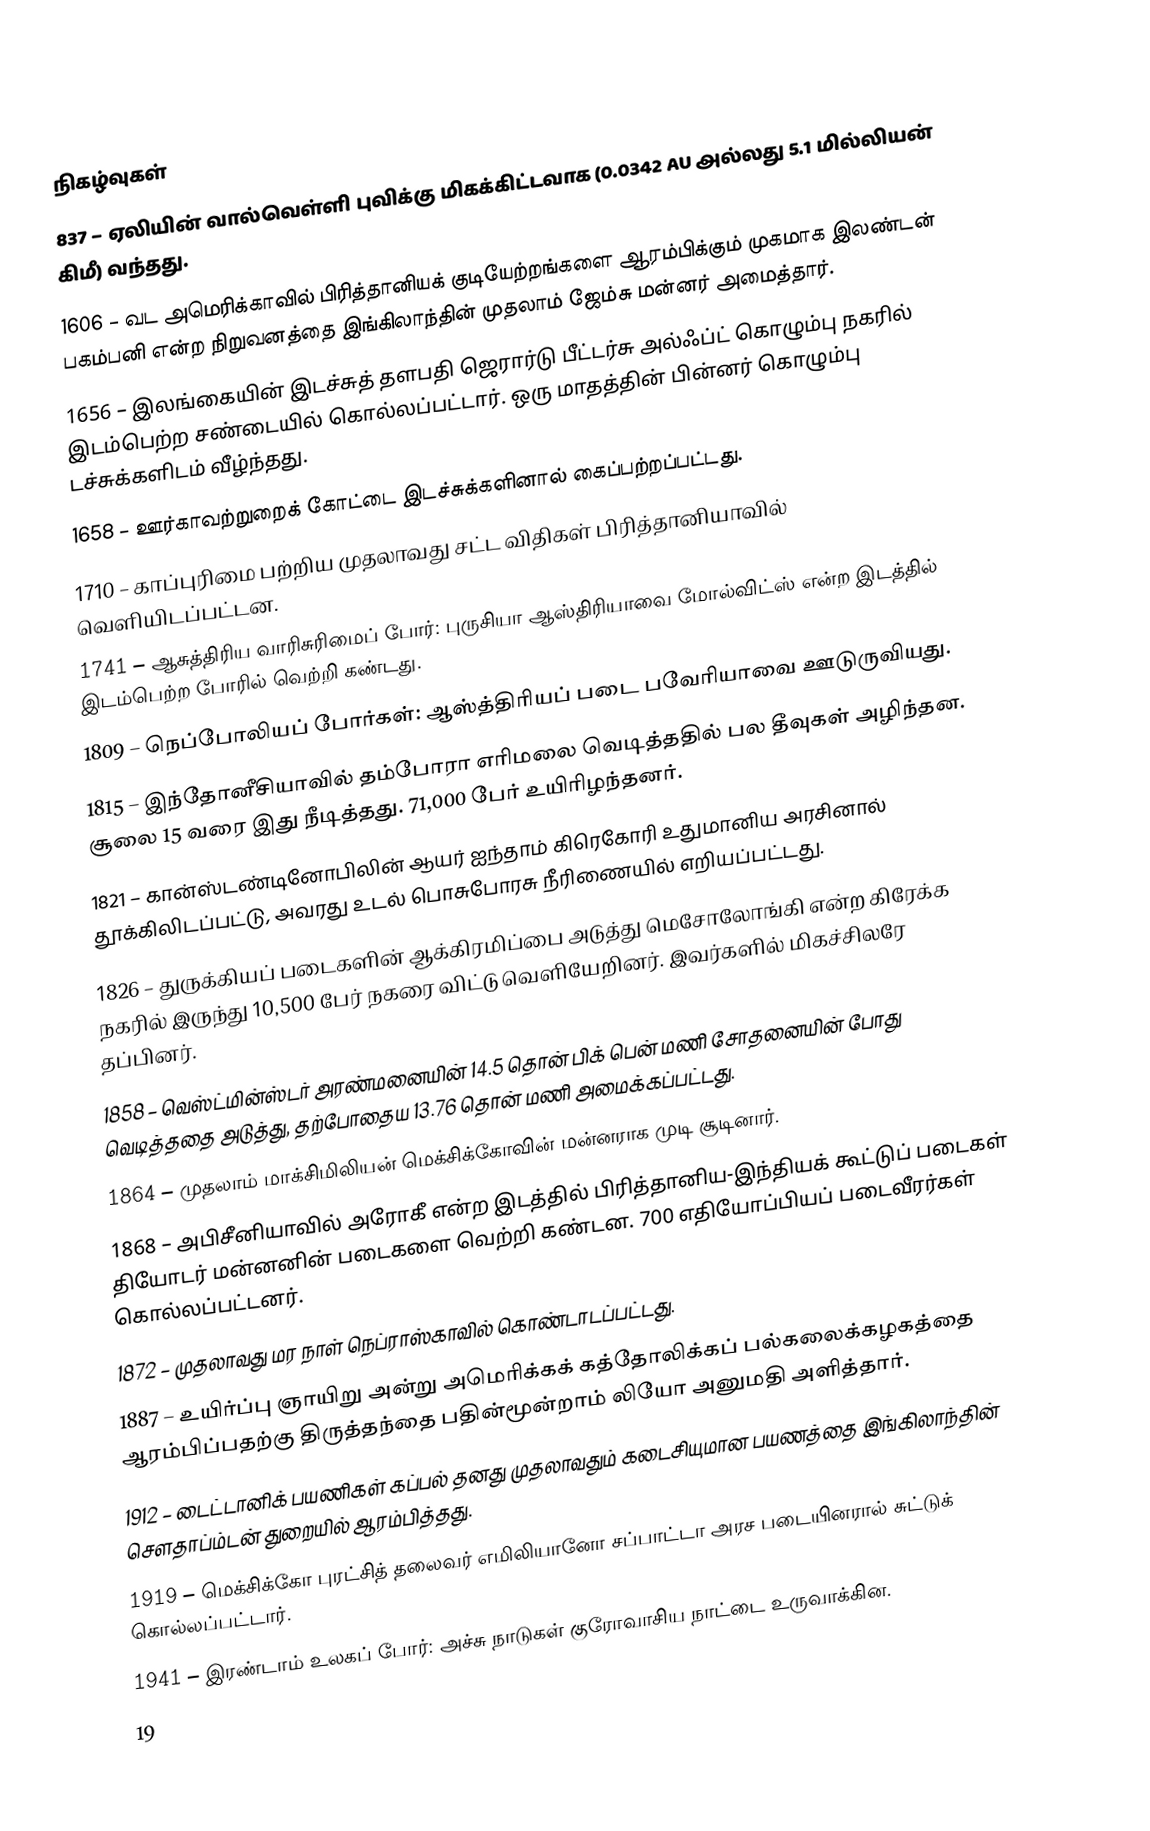

நிகழ்வுகள்
 837 – ஏலியின் வால்வெள்ளி புவிக்கு மிகக்கிட்டவாக (0.0342 AU அல்லது 5.1 மில்லியன் கிமீ) வந்தது.
1606 – வட அமெரிக்காவில் பிரித்தானியக் குடியேற்றங்களை ஆரம்பிக்கும் முகமாக இலண்டன் பகம்பனி என்ற நிறுவனத்தை இங்கிலாந்தின் முதலாம் ஜேம்சு மன்னர் அமைத்தார்.
1656 – இலங்கையின் இடச்சுத் தளபதி ஜெரார்டு பீட்டர்சு அல்ஃப்ட் கொழும்பு நகரில் இடம்பெற்ற சண்டையில் கொல்லப்பட்டார். ஒரு மாதத்தின் பின்னர் கொழும்பு டச்சுக்களிடம் வீழ்ந்தது.
1658 – ஊர்காவற்றுறைக் கோட்டை இடச்சுக்களினால் கைப்பற்றப்பட்டது.
1710 – காப்புரிமை பற்றிய முதலாவது சட்ட விதிகள் பிரித்தானியாவில் வெளியிடப்பட்டன.
1741 – ஆசுத்திரிய வாரிசுரிமைப் போர்: புருசியா ஆஸ்திரியாவை மோல்விட்ஸ் என்ற இடத்தில் இடம்பெற்ற போரில் வெற்றி கண்டது.
1809 – நெப்போலியப் போர்கள்: ஆஸ்த்திரியப் படை பவேரியாவை ஊடுருவியது.
1815 – இந்தோனீசியாவில் தம்போரா எரிமலை வெடித்ததில் பல தீவுகள் அழிந்தன. சூலை 15 வரை இது நீடித்தது. 71,000 பேர் உயிரிழந்தனர்.
1821 – கான்ஸ்டண்டினோபிலின் ஆயர் ஐந்தாம் கிரெகோரி உதுமானிய அரசினால் தூக்கிலிடப்பட்டு, அவரது உடல் பொசுபோரசு நீரிணையில் எறியப்பட்டது.
1826 – துருக்கியப் படைகளின் ஆக்கிரமிப்பை அடுத்து மெசோலோங்கி என்ற கிரேக்க நகரில் இருந்து 10,500 பேர் நகரை விட்டு வெளியேறினர். இவர்களில் மிகச்சிலரே தப்பினர்.
1858 – வெஸ்ட்மின்ஸ்டர் அரண்மனையின் 14.5 தொன் பிக் பென் மணி சோதனையின் போது வெடித்ததை அடுத்து, தற்போதைய 13.76 தொன் மணி அமைக்கப்பட்டது.
1864 – முதலாம் மாக்சிமிலியன் மெக்சிக்கோவின் மன்னராக முடி சூடினார்.
1868 – அபிசீனியாவில் அரோகீ என்ற இடத்தில் பிரித்தானிய-இந்தியக் கூட்டுப் படைகள் தியோடர் மன்னனின் படைகளை வெற்றி கண்டன. 700 எதியோப்பியப் படைவீரர்கள் கொல்லப்பட்டனர்.
1872 – முதலாவது மர நாள் நெப்ராஸ்காவில் கொண்டாடப்பட்டது.
1887 – உயிர்ப்பு ஞாயிறு அன்று அமெரிக்கக் கத்தோலிக்கப் பல்கலைக்கழகத்தை ஆரம்பிப்பதற்கு திருத்தந்தை பதின்மூன்றாம் லியோ அனுமதி அளித்தார்.
1912 – டைட்டானிக் பயணிகள் கப்பல் தனது முதலாவதும் கடைசியுமான பயணத்தை இங்கிலாந்தின் சௌதாப்ம்டன் துறையில் ஆரம்பித்தது.
1919 – மெக்சிக்கோ புரட்சித் தலைவர் எமிலியானோ சப்பாட்டா அரச படையினரால் சுட்டுக் கொல்லப்பட்டார்.
1941 – இரண்டாம் உலகப் போர்: அச்சு நாடுகள் குரோவாசிய நாட்டை உருவாக்கின.
19